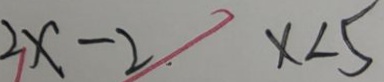
2 x - 2 x < 5